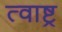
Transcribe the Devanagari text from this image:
त्वाष्ट्र